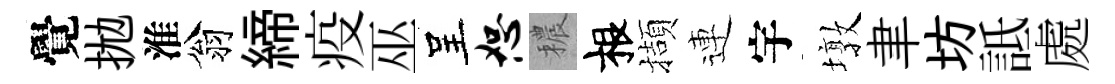
覺拋淮翁締疫巫呈恕穠根擷連宇墩聿坊詆處